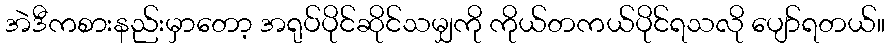
အဲဒီကစားနည်းမှာတော့ အရုပ်ပိုင်ဆိုင်သမျှကို ကိုယ်တကယ်ပိုင်ရသလို ပျော်ရတယ်။